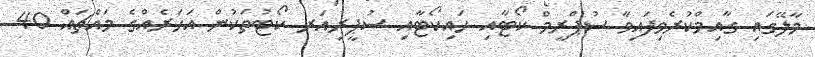
މާލޭގައި ގާއިމްކުރެވިފައިވާ ސުޕްރީމް ކޯޓާއި ހައިކޯޓާއި ސުޕީރިއަރ ކޯޓުތަކުން އަހަރެއްގެ މައްޗައް 40